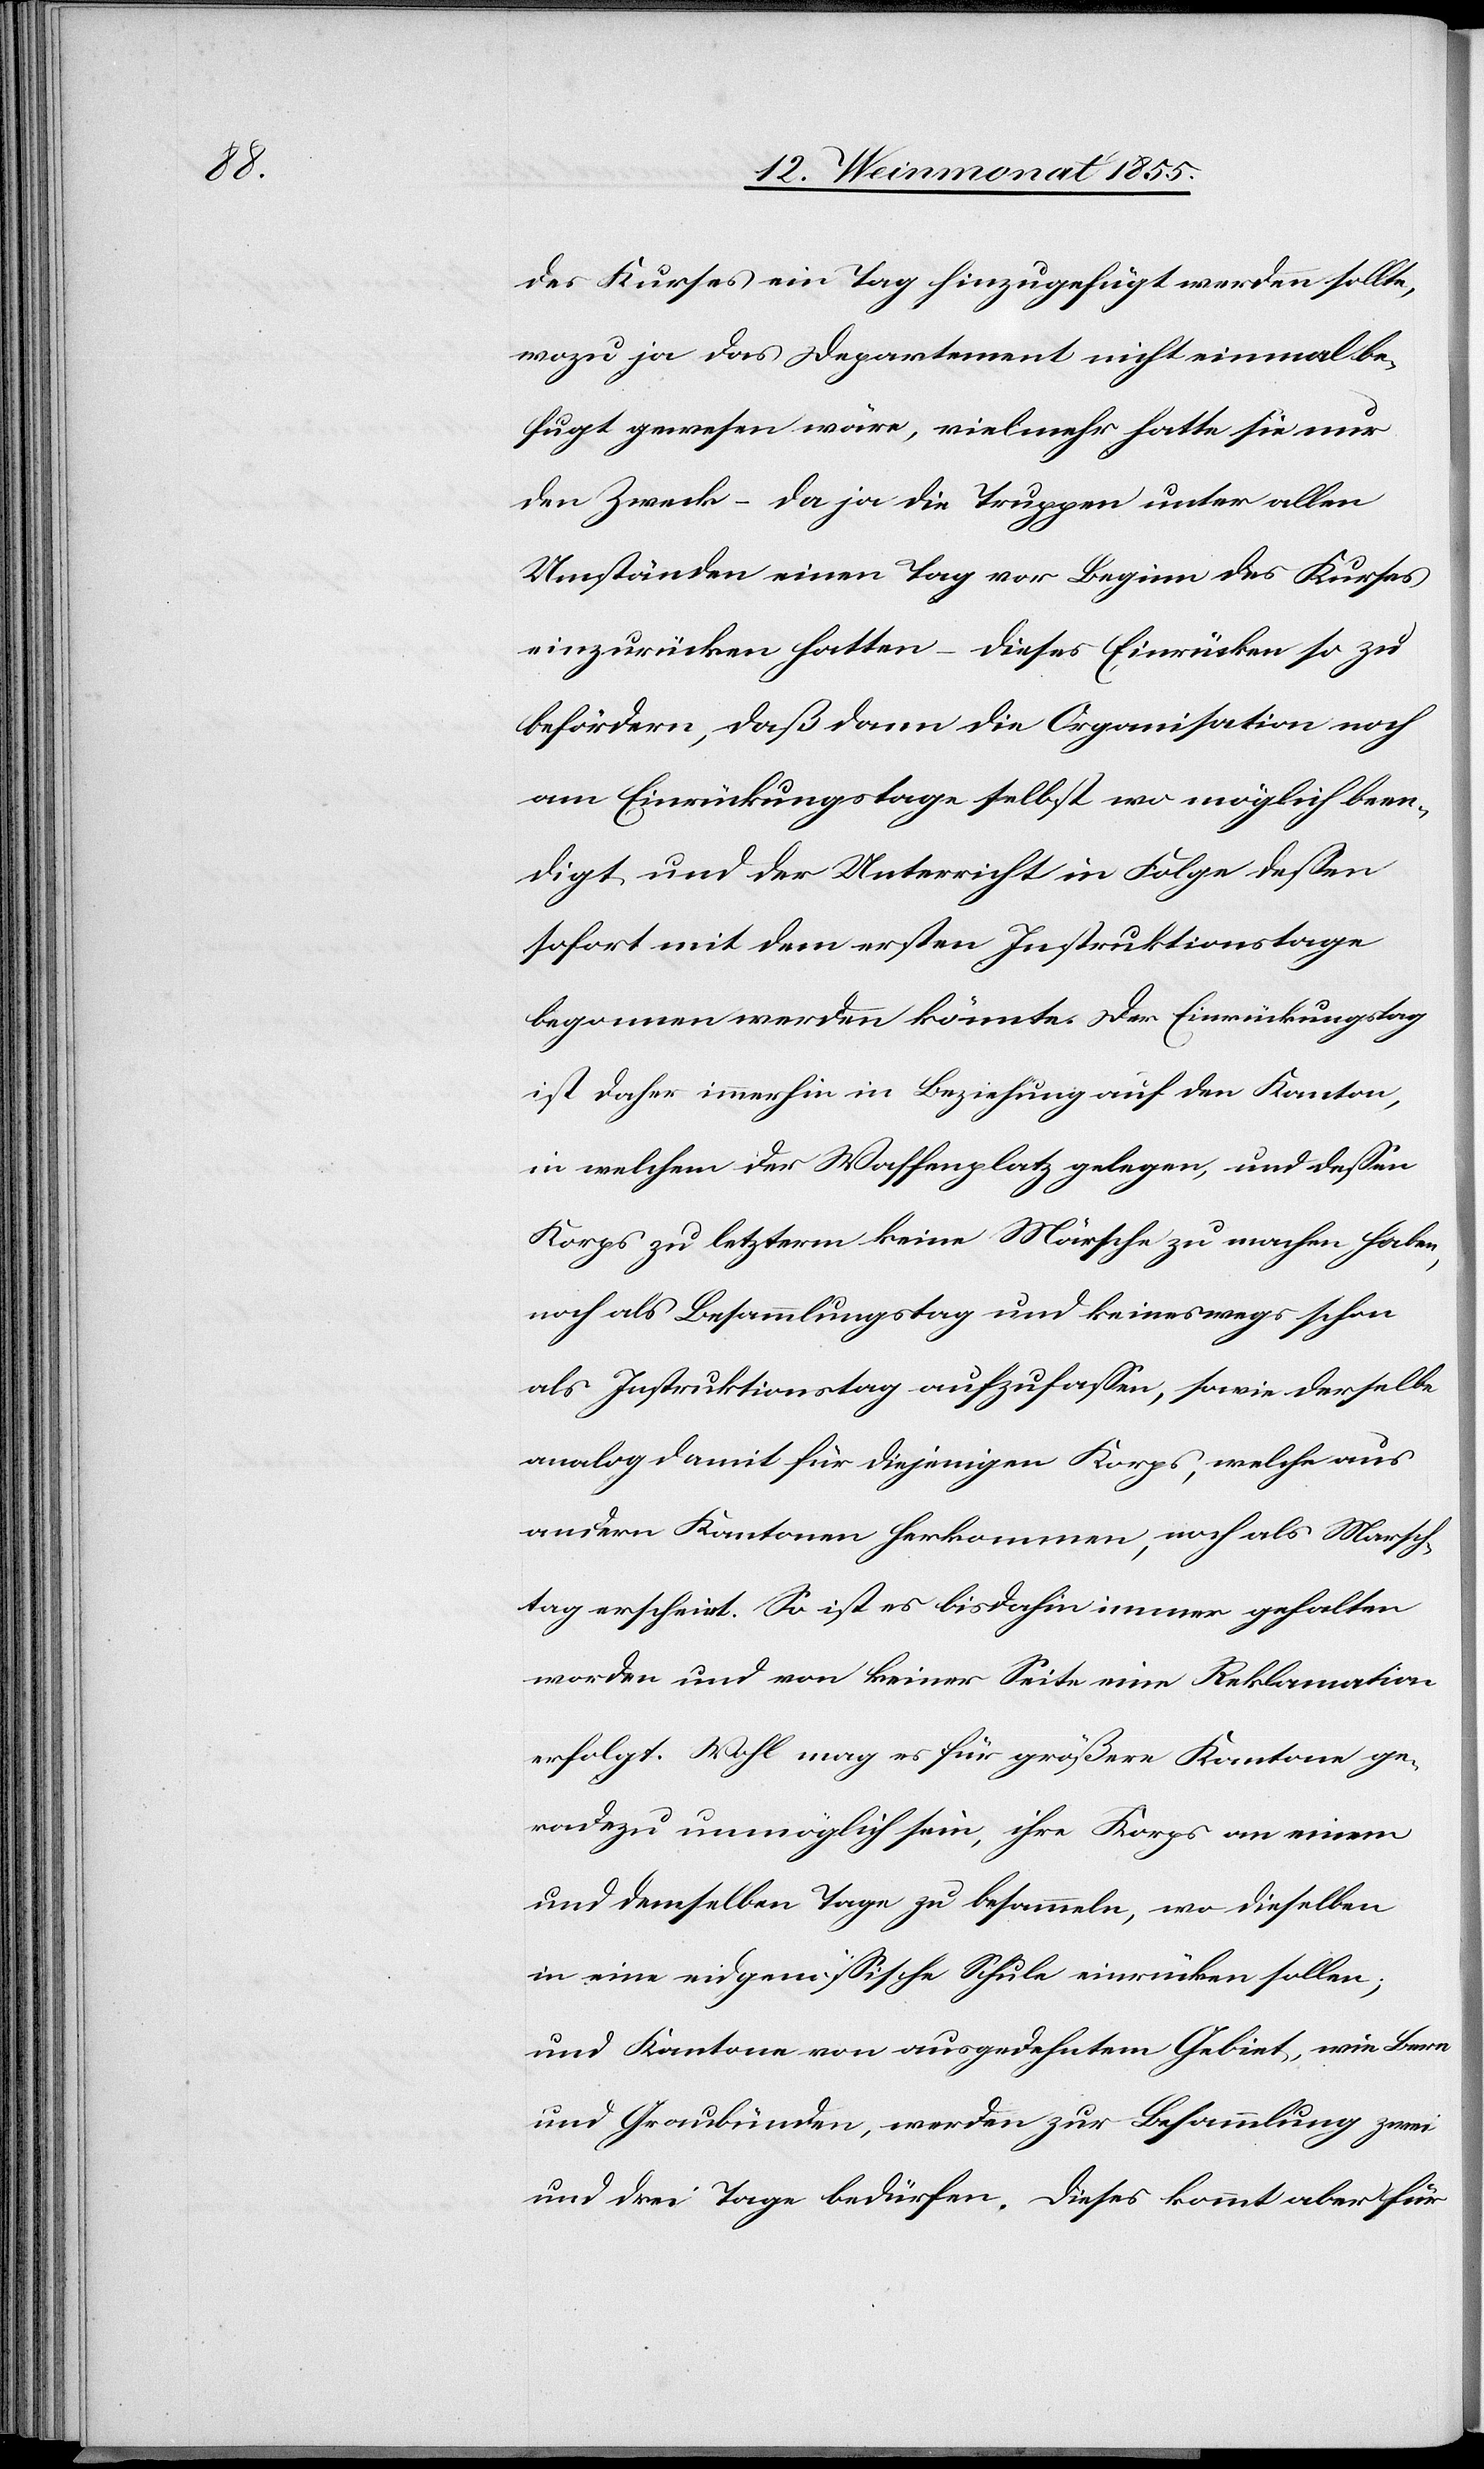
des Kurses ein Tag hinzugefügt werden sollte,
wozu ja das Departement nicht einmal be¬
fugt gewesen wäre, vielmehr hatte sie nur
den Zweck – da ja die Truppen unter allen
Umständen einen Tag vor Beginn des Kurses
einzurücken hatten – dieses Einrücken so zu
befördern, daß dann die Organisation noch
am Einrückungstage selbst wo möglich been¬
digt und der Unterricht in Folge dessen
sofort mit dem ersten Instruktionstage
begonnen werden könnte. Der Einrückungstag
ist daher immerhin in Beziehung auf den Kanton,
in welchem der Waffenplatz gelegen, und dessen
Korps zu letzterm keine Märsche zu machen haben,
noch als Besammlungstag und keineswegs schon
als Instruktionstag aufzufassen, sowie derselbe
analog damit für diejenigen Korps, welche aus
andern Kantonen herkommen, noch als Marsch¬
tag erscheint. So ist es bisdahin immer gehalten
worden und von keiner Seite eine Reklamation
erfolgt. Wohl mag es für größere Kantone ge¬
radezu unmöglich sein, ihre Korps an einem
und demselben Tage zu besammeln, wo dieselben
in eine eidgenössische Schule einrücken sollen;
und Kantone von ausgedehntem Gebiet, wie Bern
und Graubünden, werden zur Besammlung zwei
und drei Tage bedürfen. Dieses kommt aber für